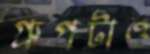
গ্রুপটাও